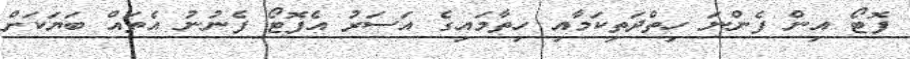
ފޮޓޯ އިން ފެންނަ ހިތްދަތިކަމާއި ހިތާމައިގެ އަސަރު އެފޮޓޯ ފެނުނު އެތައް ބަޔަކަށް